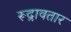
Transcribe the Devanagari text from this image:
रूद्रावतार